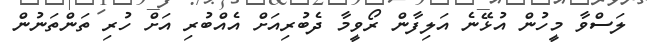
ލަސްވާ މީހުން އުޅޭނެ އަލިފާން ރޯވީމާ ދެބުރިއަށް އެއްބުރި އަށް ހުރި ތަންތަނުން